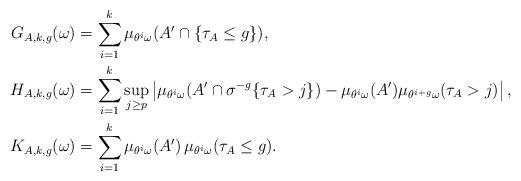
LaTeX: \begin{align*} G_{A,k,g}(\omega) &= \sum_{i=1}^k \mu_{\theta^i\omega}(A'\cap \{\tau_A\le g\}),\\H_{A,k,g}(\omega) &= \sum_{i=1}^k \sup_{j\ge p} \left|\mu_{\theta^i\omega}(A'\cap \sigma^{-g}\{\tau_A>j\})-\mu_{\theta^i\omega}(A')\mu_{\theta^{i+g}\omega}(\tau_A>j)\right|,\\K_{A,k,g}(\omega) &= \sum_{i=1}^k \mu_{\theta^i\omega}(A') \, \mu_{\theta^i\omega}(\tau_A\le g).\end{align*}